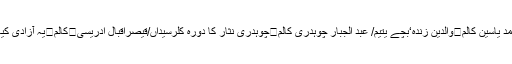
گل احمد یاسین کالم	والدین زندہ‘بچے یتیم/ عبد الجبار چوہدری کالم	چوہدری نثار کا دورہ کلرسیداں/قیصراقبال ادریسی	کالم	یہ آزادی کیا ہے؟